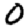
Digit: 0